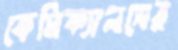
কেমিক্যালসের